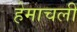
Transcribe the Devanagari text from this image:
हेमाचलीं